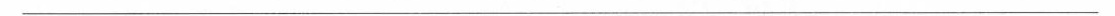
___